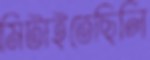
মিটাইতেছিলি